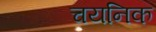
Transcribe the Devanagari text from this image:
चयनिक